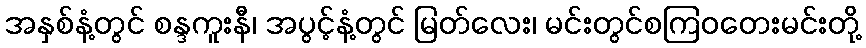
အနှစ်နံ့တွင် စန္ဒကူးနီ၊ အပွင့်နံ့တွင် မြတ်လေး၊ မင်းတွင်စကြဝတေးမင်းတို့